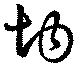
均